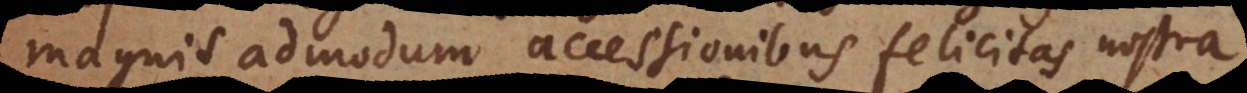
magnis admodum accessionibus felicitas nostra